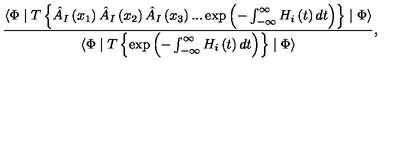
\frac { \langle \Phi \mid T \left\{ \hat { A } _ { I } \left( x _ { 1 } \right) \hat { A } _ { I } \left( x _ { 2 } \right) \hat { A } _ { I } \left( x _ { 3 } \right) . . . \exp \left( - \int _ { - \infty } ^ { \infty } H _ { i } \left( t \right) d t \right) \right\} \mid \Phi \rangle } { \langle \Phi \mid T \left\{ \exp \left( - \int _ { - \infty } ^ { \infty } H _ { i } \left( t \right) d t \right) \right\} \mid \Phi \rangle } ,